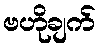
ဗဟိုချက်